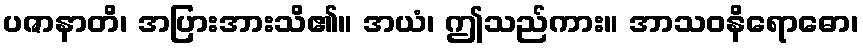
ပဇာနာတိ၊ အပြားအားသိ၏။ အယံ၊ ဤသည်ကား။ အာသဝနိရောဓော၊